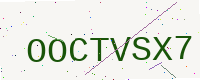
Text: OOCTVSX7